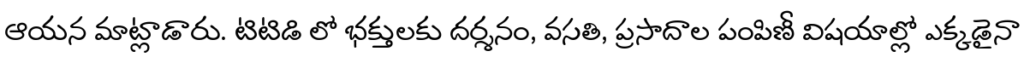
ఆయన మాట్లాడారు. టిటిడి లో భక్తులకు దర్శనం, వసతి, ప్రసాదాల పంపిణీ విషయాల్లో ఎక్కడైనా